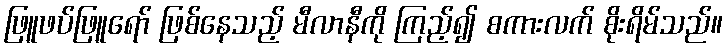
ဖြူဖပ်ဖြူရော် ဖြစ်နေသည့် မီလာနီကို ကြည့်၍ စကားလက် စိုးရိမ်သည်။